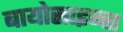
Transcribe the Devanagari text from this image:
बायोसाइन्स